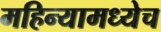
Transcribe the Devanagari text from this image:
महिन्यामध्येच